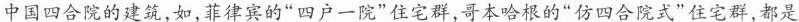
中国四合院的建筑，如，菲律宾的”四户一院”住宅群，哥本哈根的”仿四合院式”住宅群，都是